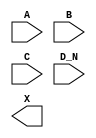
module sky130_fd_sc_hs__or4b (
    //# {{data|Data Signals}}
    input  A  ,
    input  B  ,
    input  C  ,
    input  D_N,
    output X
);

    // Voltage supply signals
    supply1 VPWR;
    supply0 VGND;

endmodule